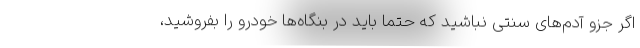
اگر جزو آدم‌های سنتی نباشید که حتما باید در بنگاه‌ها خودرو را بفروشید،